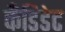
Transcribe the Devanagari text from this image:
कँडिडेट